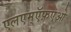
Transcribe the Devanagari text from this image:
एलएम्ऍफ़एओ